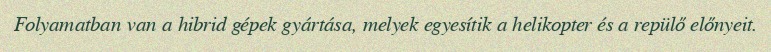
Folyamatban van a hibrid gépek gyártása, melyek egyesítik a helikopter és a repülő előnyeit.